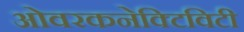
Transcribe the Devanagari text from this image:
ओवरकनेक्टिविटी